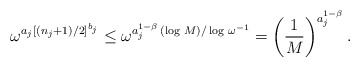
\begin{align*}\omega^{a_j[(n_j+1)/2]^{b_j}}\le \omega^{a_j^{1-\beta}\,(\log\,M)/\log\,\omega^{-1}}= \left(\frac1M\right)^{a_j^{1-\beta}}.\end{align*}